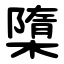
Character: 㯐